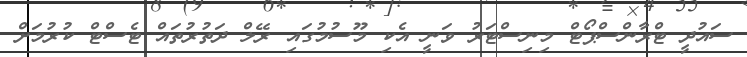
ސައުދީ ޓްރާންސްޕޯޓް މިނިސްޓަރު ވަނީ އެކި މޫސުމުގައި ރޭލް ދަތުރުތައް ޓެސްޓް ކުރުމަށް